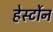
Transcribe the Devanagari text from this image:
हेर्स्टोन